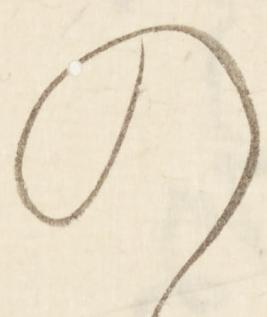
の